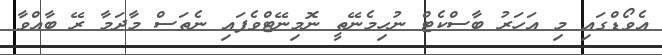
އެވޯޑްގައި މި އަހަރު ބާސްކެޓް ނުހިމެނޭތީ ނޮމިނޭޓްވެފައި ނެތަސް މާދަމާ ރޭ ބާއްވާ